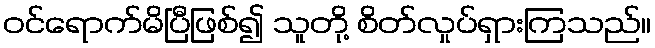
ဝင်ရောက်မိပြီဖြစ်၍ သူတို့ စိတ်လှုပ်ရှားကြသည်။